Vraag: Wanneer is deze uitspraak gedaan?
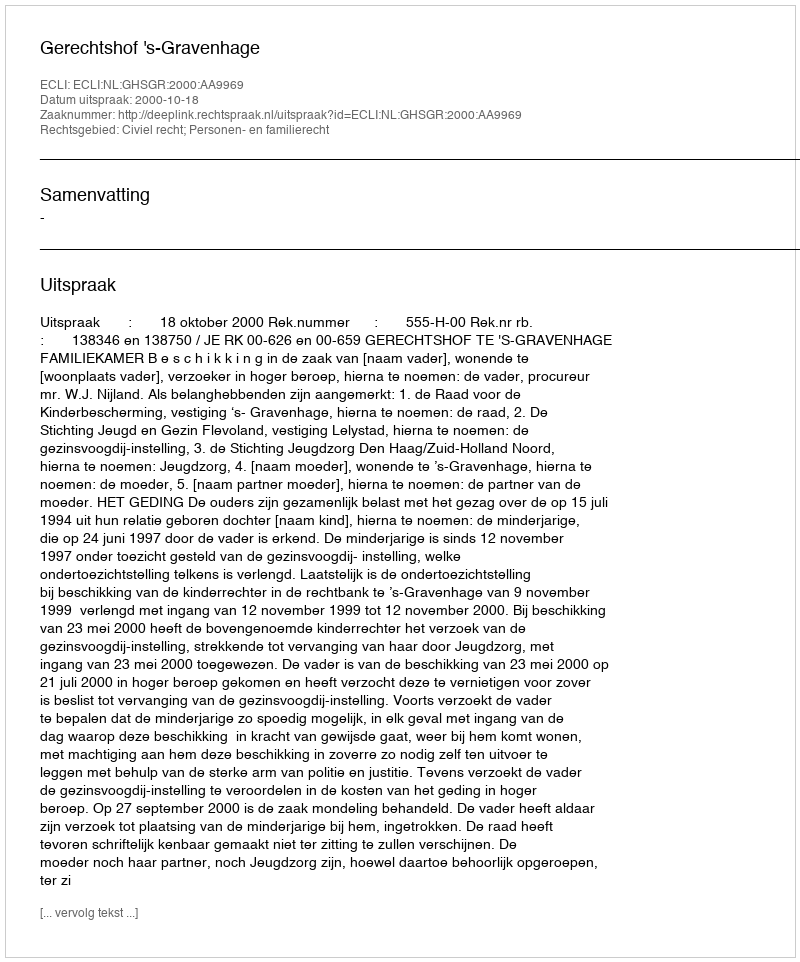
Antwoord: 2000-10-18